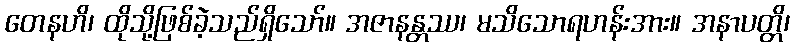
တေနဟိ၊ ထိုသို့ဖြစ်ခဲ့သည်ရှိသော်။ အဇာနန္တဿ၊ မသိသောရဟန်းအား။ အနာပတ္တိ၊